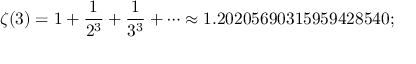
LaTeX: \zeta ( 3 ) = 1 + { \frac { 1 } { 2 ^ { 3 } } } + { \frac { 1 } { 3 ^ { 3 } } } + \cdots \approx 1 . 2 0 2 0 5 6 9 0 3 1 5 9 5 9 4 2 8 5 4 0 ;